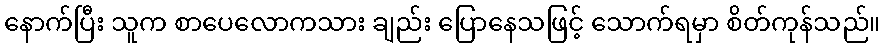
နောက်ပြီး သူက စာပေလောကသား ချည်း ပြောနေသဖြင့် သောက်ရမှာ စိတ်ကုန်သည်။